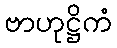
ဗာဟုဋ္ဌိကံ